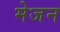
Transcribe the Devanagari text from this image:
मेजन